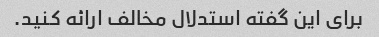
برای این گفته استدلال مخالف ارائه کنید.